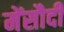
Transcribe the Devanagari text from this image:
मेंसौदी